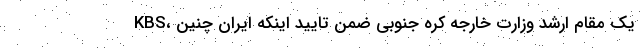
KBS، یک مقام ارشد وزارت خارجه کره جنوبی ضمن تایید اینکه ایران چنین